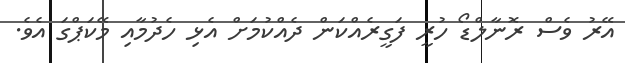
އޭރު ވެސް ރޮނާލްޑޯ ހުރީ ފަގީރެއްކަން ދެއްކުމަށް އެޅި ހެދުމާއި މޭކަޕްގަ އެވެ.